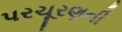
પરચૂરણની